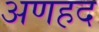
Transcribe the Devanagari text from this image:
अणहद